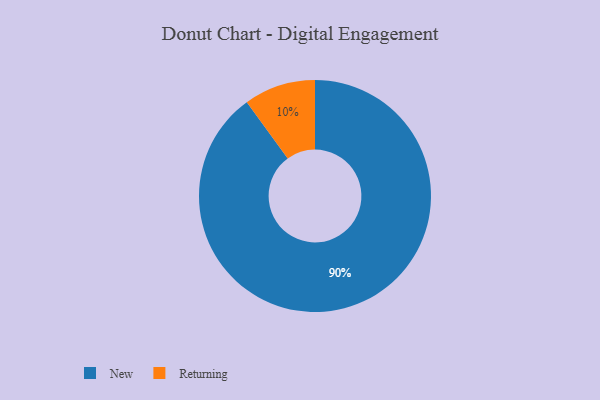
{"axis": {"x": "Category", "y": "Percentage"}, "legend": ["New", "Returning"], "data": [{"x": "New", "y": 90, "type": "New"}, {"x": "Returning", "y": 10, "type": "Returning"}]}